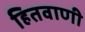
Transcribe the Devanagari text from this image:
हितवाणी